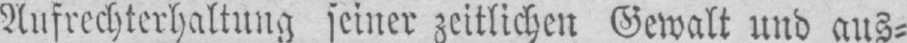
Aufrechterhaltung seiner zeitlichen Gewalt und aus⸗